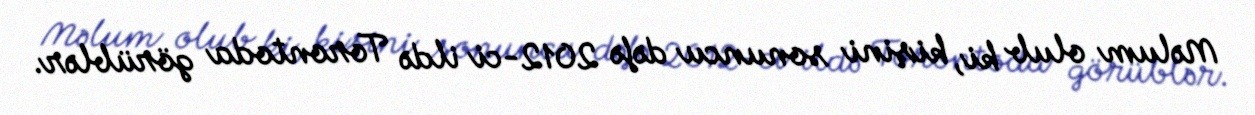
Məlum olub ki, kişini sonuncu dəfə 2012-ci ildə Torontoda görüblər.